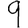
Digit: 9